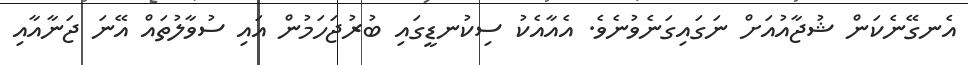
އެނގޭނެކަން ޝުޖާއުއަށް ނަގައިގަނެވުނެވެ. އެއާއެކު ސިކުނޑީގައި ބުރުޖަހަމުން އައި ސުވާލުތައް އޭނަ ޖަނާއާއި